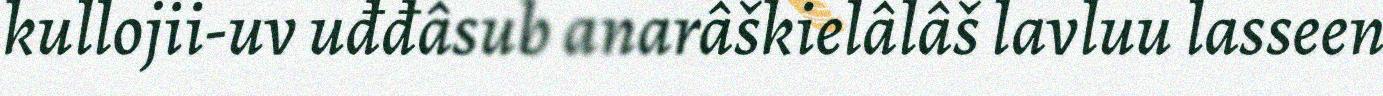
kullojii-uv uđđâsub anarâškielâlâš lavluu lasseen